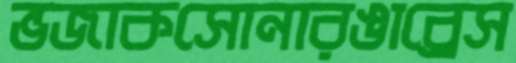
ভজাকসোনারঙাব্রেস